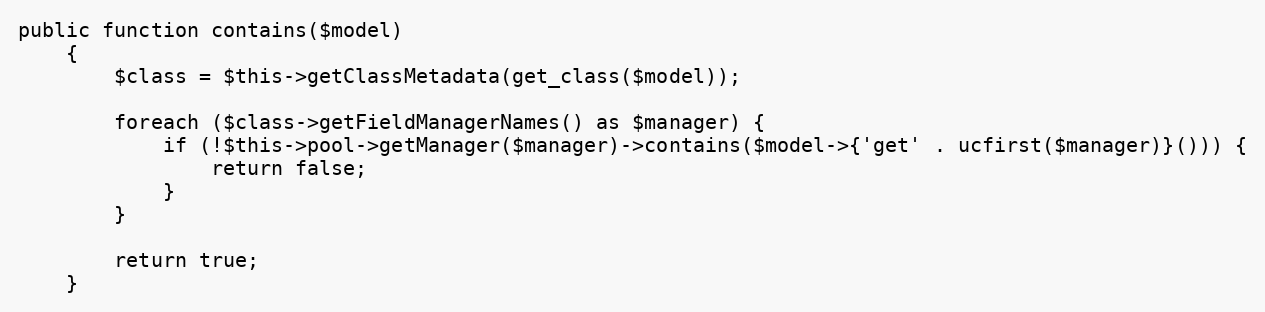
Language: PHP
public function contains($model)
    {
        $class = $this->getClassMetadata(get_class($model));

        foreach ($class->getFieldManagerNames() as $manager) {
            if (!$this->pool->getManager($manager)->contains($model->{'get' . ucfirst($manager)}())) {
                return false;
            }
        }

        return true;
    }